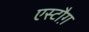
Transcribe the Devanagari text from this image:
एस्टौग़